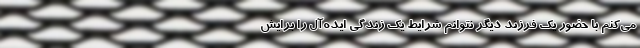
می‌کنم با حضور یک فرزند دیگر نتوانم شرایط یک زندگی ایده‌آل را برایش